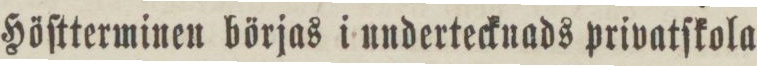
Höſtterminen börjas i undertecknads privatſkola